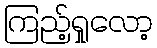
ကြည့်ရှုလော့